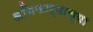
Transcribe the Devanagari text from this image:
अधिकार्याच्या